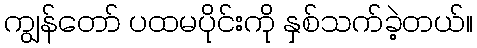
ကျွန်တော် ပထမပိုင်းကို နှစ်သက်ခဲ့တယ်။